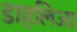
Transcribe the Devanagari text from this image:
डाहलिआ